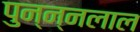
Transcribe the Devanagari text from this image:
पुन्न्नलाल